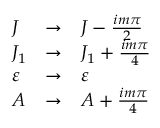
\begin{array} { l l l } { { J } } & { { \rightarrow } } & { { J - { \frac { i m \pi } { 2 } } } } \\ { { J _ { 1 } } } & { { \rightarrow } } & { { J _ { 1 } + { \frac { i m \pi } { 4 } } } } \\ { { \varepsilon } } & { { \rightarrow } } & { { \varepsilon } } \\ { { A } } & { { \rightarrow } } & { { A + { \frac { i m \pi } { 4 } } } } \end{array}